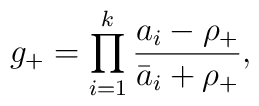
g_+=\prod_{i=1}^k\frac{a_i-\rho_+}{\bar a_i+\rho_+},